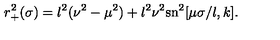
r _ { + } ^ { 2 } ( \sigma ) = l ^ { 2 } ( \nu ^ { 2 } - \mu ^ { 2 } ) + l ^ { 2 } \nu ^ { 2 } \mathrm { s n } ^ { 2 } [ \mu \sigma / l , k ] .